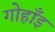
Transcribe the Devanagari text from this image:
गोहाँइ